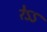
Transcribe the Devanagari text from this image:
रेऽऽ